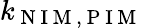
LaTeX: k_{\mathrm{~N~I~M~,~P~I~M~}}